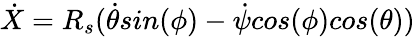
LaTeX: \dot{X}=R_{s}(\dot{\theta}sin(\phi)-\dot{\psi}cos(\phi)cos(\theta))